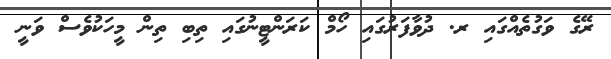
ރޭގެ ވަގުތެއްގައި ރ. ދުވާފަރުގައި ހޯމް ކަރަންޓީނުގައި ތިބި ތިން މީހަކުވެސް ވަނީ